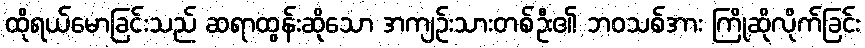
ထိုရယ်မောခြင်းသည် ဆရာထွန်းဆိုသော အကျဉ်းသားတစ်ဦး၏ ဘဝသစ်အား ကြိုဆိုလိုက်ခြင်း